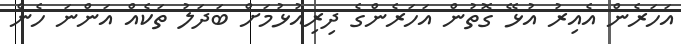
އަހަރެން އެއިރު އުޅޭ ގޮތުން އަހަރެންގެ ދިރިއުޅުމަށް ބަދަލު ތަކެއް އަންނަ ހެން